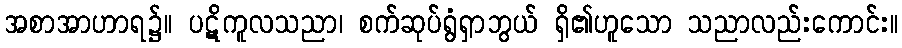
အစာအာဟာရ၌။ ပဋိကူလသညာ၊ စက်ဆုပ်ရွံရှာဘွယ် ရှိ၏ဟူသော သညာလည်းကောင်း။